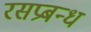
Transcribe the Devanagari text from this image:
रसप्रबन्ध